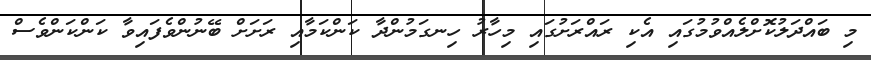
މި ބައްދަލުކޮށްލެއްވުމުގައި އެކި ރައްރަށުގައި މިހާރު ހިނގަމުންދާ ކަންކަމާއި ރަށަށް ބޭނުންވެފައިވާ ކަންކަންވެސް